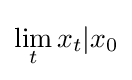
\lim _{t}x_{t}|x_{0}